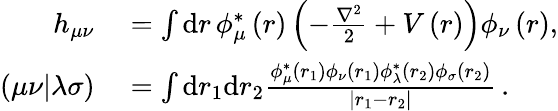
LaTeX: \begin{array}{rl}{h_{\mu\nu}}&{{}=\int\textrm{d}r\, \phi_{\mu}^{*}\left(r\right)\left(-\frac{\nabla^{2}}{2}+V\left(r\right)\right)\phi_{\nu}\left(r\right),}\\ {\left(\mu\nu|\lambda\sigma\right)}&{{}=\int\textrm{d}r_{1}\textrm{d}r_{2}\frac{\phi_{\mu}^{*}\left(r_{1}\right)\phi_{\nu}\left(r_{1}\right)\phi_{\lambda}^{*}\left(r_{2}\right)\phi_{\sigma}\left(r_{2}\right)}{\left|r_{1}-r_{2}\right|}\, .}\end{array}